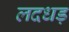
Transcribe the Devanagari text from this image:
लदधड़